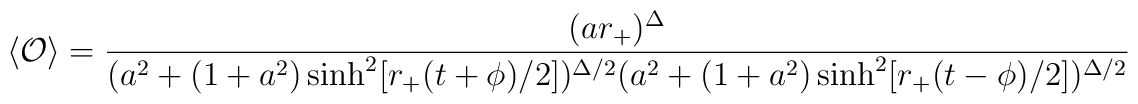
\langle {\cal O} \rangle = { (ar_+)^\Delta \over (a^2 + (1+a^2) \sinh^2 [r_+ (t+\phi)/2])^{\Delta/2} (a^2 + (1+a^2) \sinh^2 [r_+ (t-\phi)/2])^{\Delta/2}}